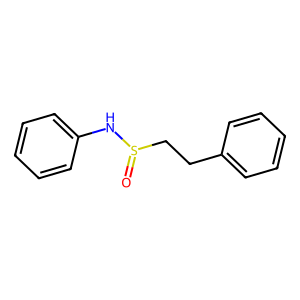
SMILES: O=S(CCc1ccccc1)Nc1ccccc1
Inhibits HIV replication: No